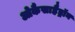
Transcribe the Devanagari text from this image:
ओकैसाहैड्रॉन